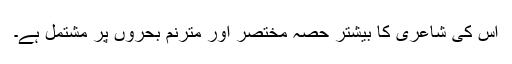
اس کی شاعری کا بیشتر حصہ مختصر اور مترنم بحروں پر مشتمل ہے۔